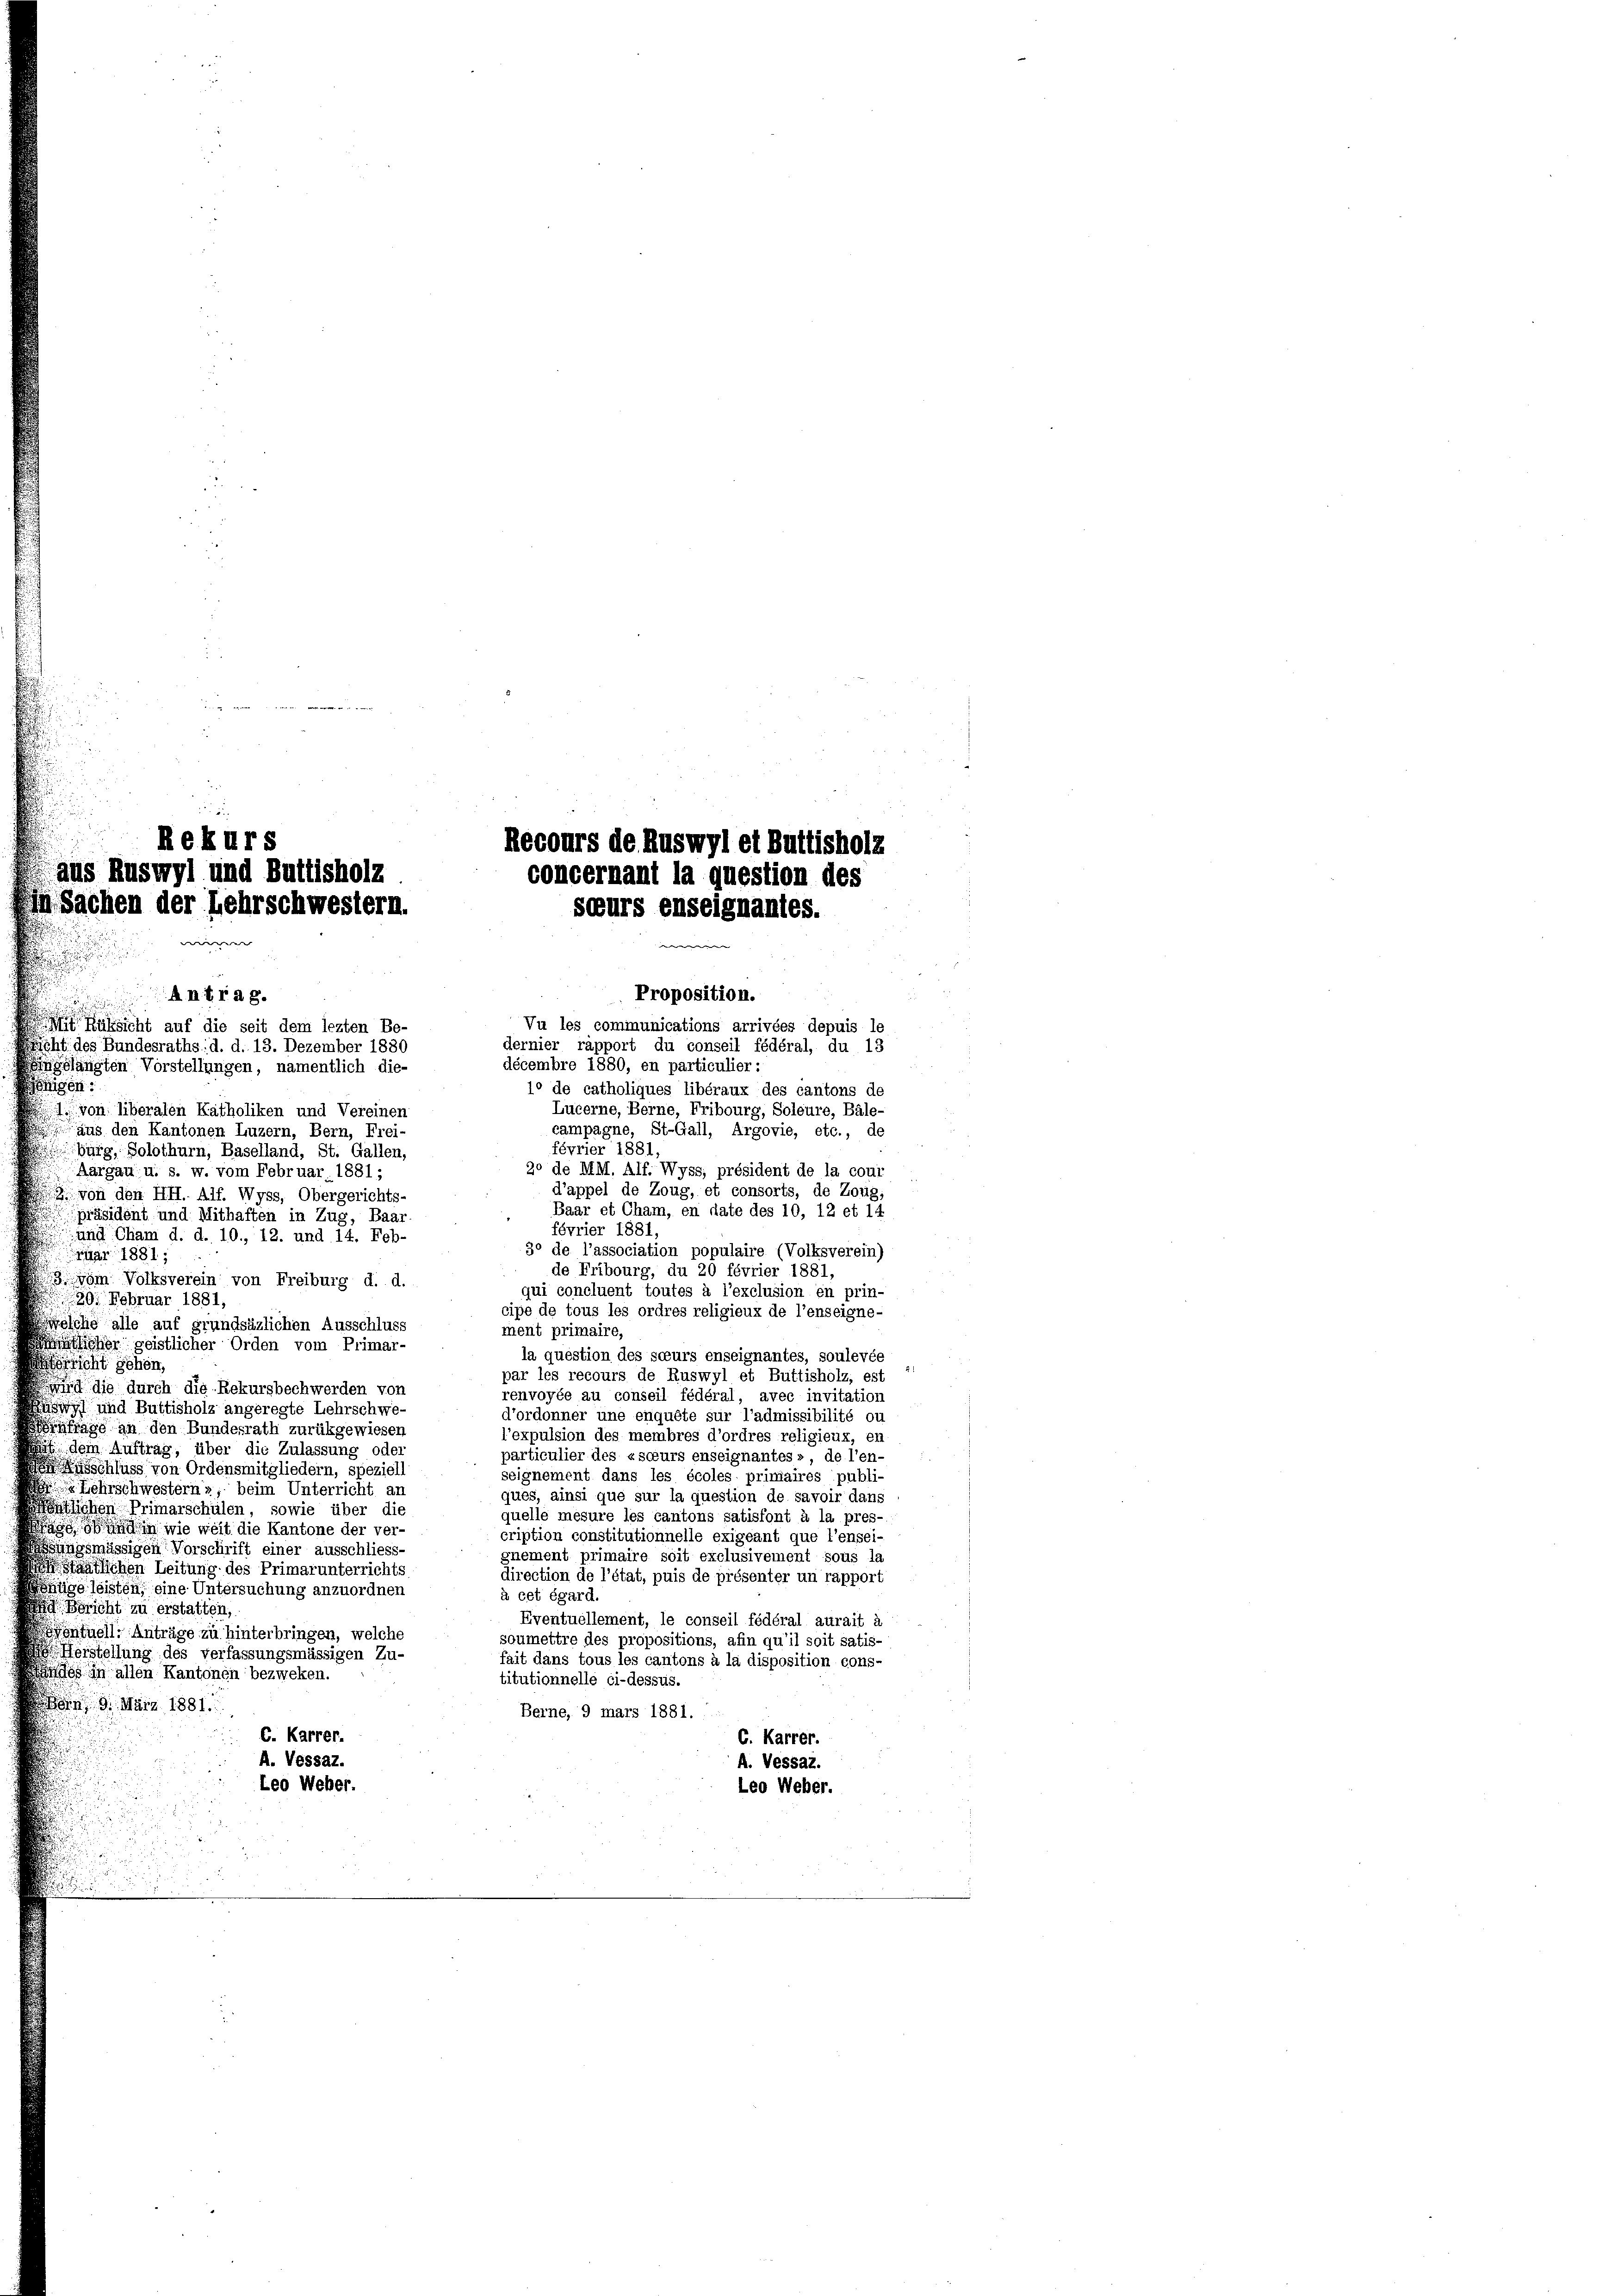
Rekurs
Recours de Ruswyl et b
aus Ruswyl und Buttisholz
Sachen der Lehrschwestern.
scurs enseignantes.
weierren |

u
Proposition.
Ant. 128.
Vu les communications arrivées depuis le
 Rüksicht auf die seit dem lezten Be-
dernier rapport du conseil fédéral, du 13
cht des Bundesraths: d. d. 13. Dezember 1880
décembre 1880, en particulier:
gslädigten Vorstellungen, namentlich die-
igen:
1° de catholiques libéraux des cantons de
Lucerne, Berne, Fribourg, Soleure, Bäle-
4 von liberalen Katholiken und Vereinen
campagne, St.Gall, Argovie, etc., de
aus den Kantonen Luzern, Bern, Frei-
février 1881,
Burg, Solothurn, Baselland, St. Gallen,
20 de MM. Alf. Wyss, président de la cour
Aargau u. s. w. vom Februar 1881-
d’appel de Zoug, et consorts, de Zoug
 von den HH. Alf. Wyss, Obergerichts-
Baar et Cham, en date des 10, 12 et 14
präsident und Mithaften in Zug, Baar
février 1881,
und Cham d. d. 10., 12. und 14. Feb-
30 de l’association populaire (Volksverein)
Juar 1881;
de Fribourg, du 20 février 1881,
3 vom Volksverein von Freiburg d. d.
qui concluent toutes à l’exclusion en prin-
20. Februar 1881
cipe de tous les ordres religieux de l’enseigne
elche alle auf grundsäzlichen Ausschluss
ment primaire,
tsher geistlicher Orden vom Primar-
la question des soeurs enseignantes, soulevée
sricht gehen,
par les recours de Ruswyl et Buttisholz, est
n die durch die Rekursbechwerden von
renvoyée au conseil fédéral, avec invitation
äswyl und Buttisholz angeregte Lehrschwe-
d’ordonner une enquête sur l’admissibilité ou
frage an den Bundesrath zurükgewiesen
l’expulsion des membres d’ordres religieux, en
af dem Auftrag, über die Zulassung oder
particulier des «soeurs enseignantes» de l’en-
schluss von Ordensmitgliedern, speziell
seignement dans les écoles primaires publi-
 Lehrschwestern, beim Unterricht an
ques, ainsi que sur la question de savoir dans
östlichen Primarschülen, sowie über die
quelle mesure les cantons satisfont à la pres-
an wie weit die Kantone der ver-
cription constitutionnelle exigeant que l’ensei-
rungsmässigen Vorschrift einer ausschliess,
gnement primaire soit exclusivement sous la
staatlichen Leitung des Primarunterrichts
direction de l’état, puis de présenter un rapport
üge leisten, eine Untersuchung anzuordnen
à cet égard
d. Bericht zu erstatten,
Eventuellement, le conseil fédéral aurait à
sventuell: Anträge zu hinterbringen, welche
soumettre des propositions, afin qu’il soit satis-
Herstellung des verfassungsmässigen Zu-
fait dans tous les cantons à la disposition cons-
es in allen Kantonen bezweken.
titutionnelle ci-dessus.
n 9. März 1881.
Berne, 9 mars 1881.
C. Karrer.
C. Karrer.
A. Vessaz.
A. Vessaz.
Leo Weber.
Leo Weber.

concernant la question des